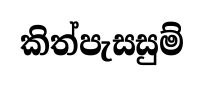
කිත්පැසසුම්